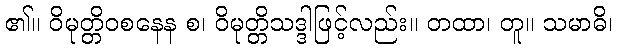
၏။ ဝိမုတ္တိဝစနေန စ၊ ဝိမုတ္တိသဒ္ဒါဖြင့်လည်း။ တထာ၊ တူ။ သမာဓိ၊